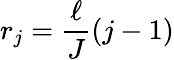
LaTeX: r_{j}=\frac{\ell}{J}(j-1)